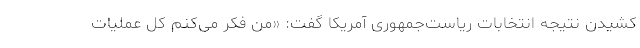
کشیدن نتیجه انتخابات ریاست‌جمهوری آمریکا گفت: «من فکر می‌کنم کل عملیات